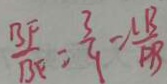
\frac { B F } { B E } = \frac { 3 } { 9 } = \frac { C B } { P B }